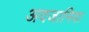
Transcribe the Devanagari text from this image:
अदजानिया